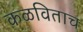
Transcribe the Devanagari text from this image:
कळविताच